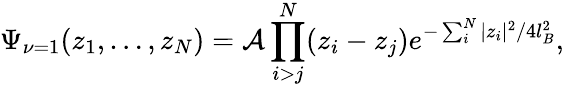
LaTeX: \Psi_{\nu=1}(z_{1},\dots,z_{N})={\cal{A}}\prod_{i>j}^{N}(z_{i}-z_{j})e^{-\sum_{i}^{N}|z_{i}|^{2}/4l_{B}^{2}},